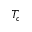
T _ { c }